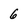
Character: 6